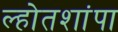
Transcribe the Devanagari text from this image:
ल्होतशांपा